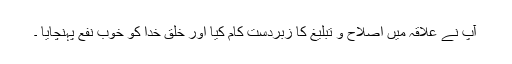
آپ نے علاقہ میں اصلاح و تبلیغ کا زبردست کام کیا اور خلق خدا کو خوب نفع پہنچایا ۔